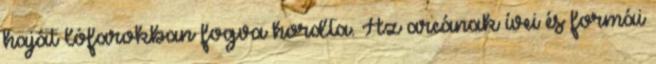
haját lófarokban fogva hordta. Az arcának ívei és formái